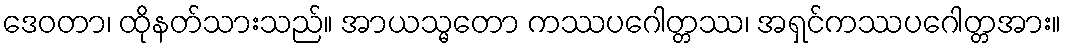
ဒေဝတာ၊ ထိုနတ်သားသည်။ အာယသ္မတော ကဿပဂေါတ္တဿ၊ အရှင်ကဿပဂေါတ္တအား။